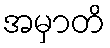
အမှာတိ